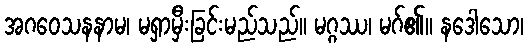
အဂဝေသနနာမ၊ မရှာမှီးခြင်းမည်သည်။ မဂ္ဂဿ၊ မဂ်၏။ နဒေါသော၊